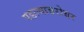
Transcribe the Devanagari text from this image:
पडल्याबरोबर